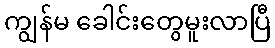
ကျွန်မ ခေါင်းတွေမူးလာပြီ